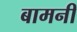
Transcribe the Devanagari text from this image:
बामनी